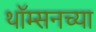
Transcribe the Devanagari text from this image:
थॉम्सनच्या